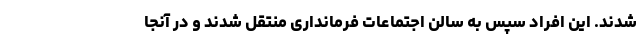
شدند. این افراد سپس به سالن اجتماعات فرمانداری منتقل شدند و در آنجا